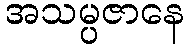
အသမ္ပဇာနေ